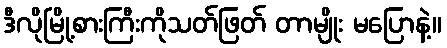
ဒီလိုမြို့စားကြီးကိုသတ်ဖြတ် တာမျိုး မပြောနဲ့။